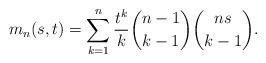
LaTeX: \begin{align*} m_n(s,t)=\sum_{k=1}^n\frac{t^k}{k}\binom{n-1}{k-1}\binom{ns}{k-1}. \end{align*}